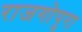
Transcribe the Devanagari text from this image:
राजगोपुरा